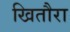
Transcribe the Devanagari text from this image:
खितौरा